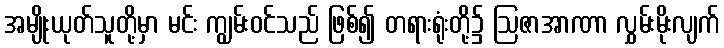
အမျိုးယုတ်သူတို့မှာ မင်း ကျွမ်းဝင်သည် ဖြစ်၍ တရားရုံးတို့၌ ဩဇာအာဏာ လွှမ်းမိုးလျက်